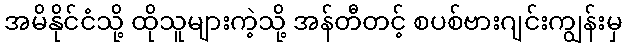
အမိနိုင်ငံသို့ ထိုသူများကဲ့သို့ အန်တီတင့် စပစ်ဗားဂျင်းကျွန်းမှ